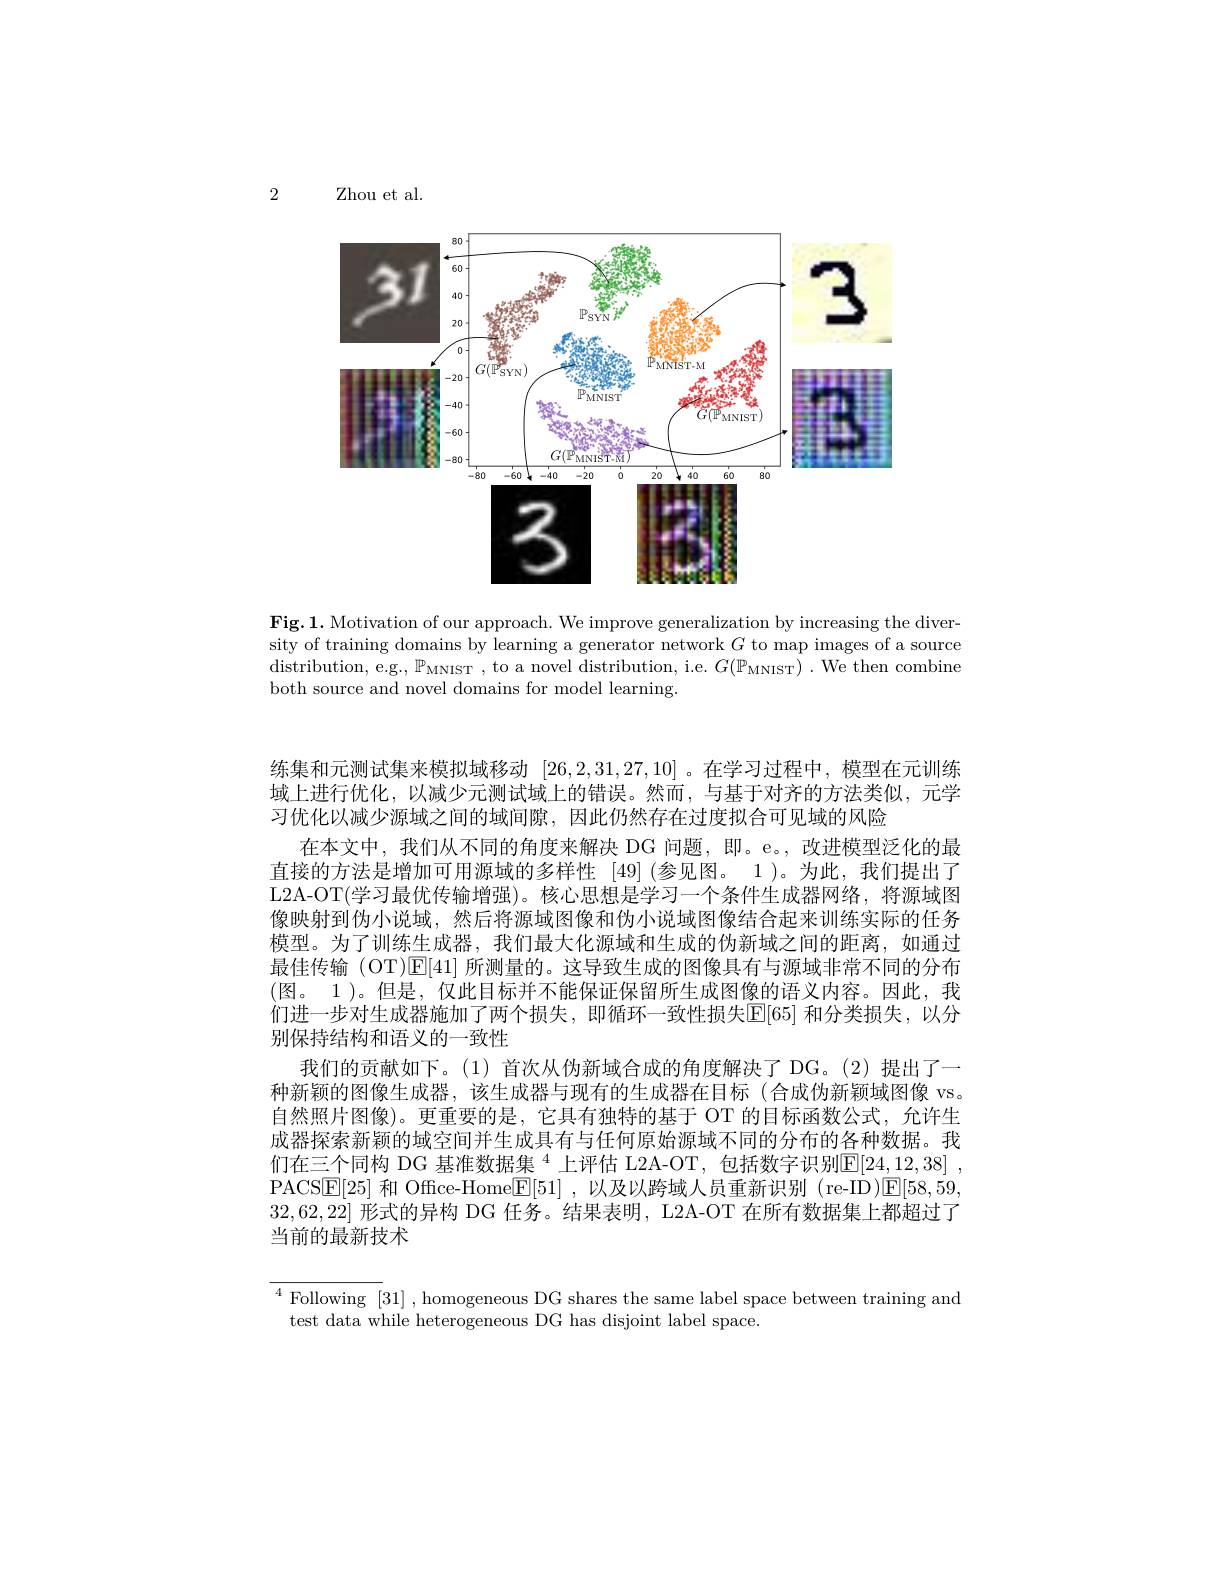
2

Zhou et al.

<FigureHere>

Fig.1. Motivation of our approach. We improve generalization by increasing the diversity of training domains by learning a generator network $G$ to map images of a source distribution, e.g., $\mathbb{P}_{\mathrm{MNIST~,~to~a~novel~distribution,~i.e.~}G(\mathbb{P}_{\mathrm{MNIST}})}.$ We then combine both source and novel domains for model learning

练集和元测试集来模拟域移动[26,2,31,27,10] 。在学习过程中，模型在元训练域上进行优化，以减少元测试域上的错误。然而，与基于对齐的方法类似，元学习优化以减少源域之间的域间隙，因此仍然存在过度拟合可见域的风险
在本文中，我们从不同的角度来解决 DG 问题，即。e。, 改进模型泛化的最直接的方法是增加可用源域的多样性[49](参见图。1)。为此，我们提出了L2A-OT(学习最优传输增强)。核心思想是学习一个条件生成器网络，将源域图像映射到伪小说域，然后将源域图像和伪小说域图像结合起来训练实际的任务模型。为了训练生成器，我们最大化源域和生成的伪新域之间的距离，如通过最佳传输 (OT)$\mathbb{E}[41]$所测量的。这导致生成的图像具有与源域非常不同的分布(图。1)。但是，仅此目标并不能保证保留所生成图像的语义内容。因此，我们进一步对生成器施加了两个损失，即循环一致性损失$\boxed{\mathrm{E}}[65]$ 和分类损失，以分别保持结构和语义的一致性
我们的贡献如下。(1)首次从伪新域合成的角度解决了 DG。(2)提出了一种新颖的图像生成器，该生成器与现有的生成器在目标(合成伪新颖域图像 vs。自然照片图像)。更重要的是，它具有独特的基于 OT 的目标函数公式，允许生成器探索新颖的域空间并生成具有与任何原始源域不同的分布的各种数据。我们在三个同构 DG 基准数据集 $^4$ 上评估 L2A-OT,包括数字识别$\overline {\mathbb{E} }[ 24, \underline {1}2, 38]$ , PACS$\boxed{\mathrm{E}}[25]$和 Office-Home$\boxed{\mathrm{F}}[51]$,以及以跨域人员重新识别 (re-ID)$\boxed{\mathrm{E}}[58,59]$ 32,62,22|形式的异构 DG 任务。结果表明，L2A-OT 在所有数据集上都超过了当前的最新技术

$\overline {{^4\text{Following }[ 31] }}$ ,homogeneous DG shares the same label space between training and
test data while heterogeneous DG has disjoint label space.